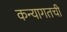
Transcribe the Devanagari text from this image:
कन्यागतची